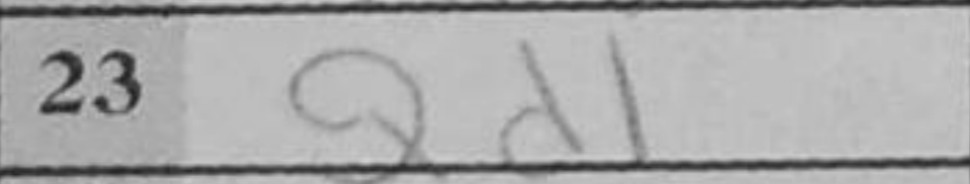
Transcription: Qd1